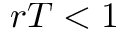
r T < 1